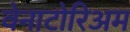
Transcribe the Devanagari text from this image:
वेनाटोरिअम